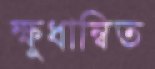
ক্ষুধান্বিত